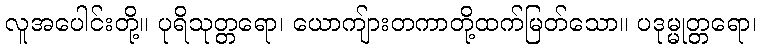
လူအပေါင်းတို့။ ပုရိသုတ္တရော၊ ယောကျ်ားတကာတို့ထက်မြတ်သော။ ပဒုမ္မုတ္တရော၊